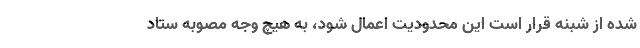
شده از شبنه قرار است این محدودیت اعمال شود، به هیچ وجه مصوبه ستاد